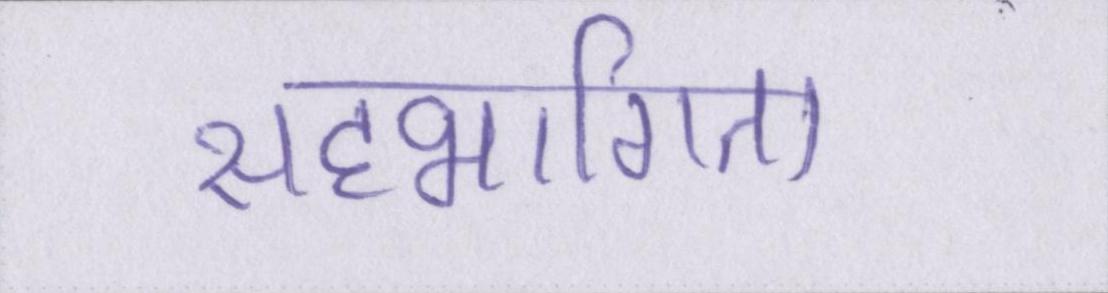
सहभागिता